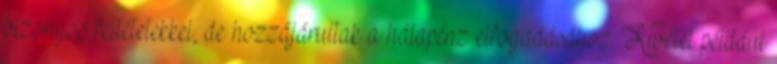
bizonyos feltételekkel, de hozzájárultak a hálapénz elfogadásához. Kivétel például